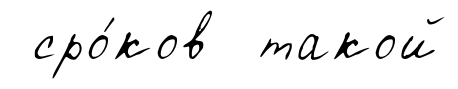
сро́ков такой